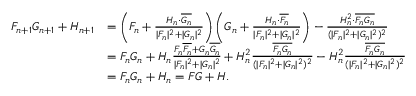
\begin{array} { r l } { F _ { n + 1 } G _ { n + 1 } + H _ { n + 1 } } & { = \left( F _ { n } + \frac { H _ { n } \cdot \overline { { G _ { n } } } } { | F _ { n } | ^ { 2 } + | G _ { n } | ^ { 2 } } \right) \left( G _ { n } + \frac { H _ { n } \cdot \overline { { F _ { n } } } } { | F _ { n } | ^ { 2 } + | G _ { n } | ^ { 2 } } \right) - \frac { H _ { n } ^ { 2 } \cdot \overline { { F _ { n } G _ { n } } } } { ( | F _ { n } | ^ { 2 } + | G _ { n } | ^ { 2 } ) ^ { 2 } } } \\ & { = F _ { n } G _ { n } + H _ { n } \frac { F _ { n } \overline { { F _ { n } } } + G _ { n } \overline { { G _ { n } } } } { | F _ { n } | ^ { 2 } + | G _ { n } | ^ { 2 } } + H _ { n } ^ { 2 } \frac { \overline { { F _ { n } G _ { n } } } } { ( | F _ { n } | ^ { 2 } + | G _ { n } | ^ { 2 } ) ^ { 2 } } - H _ { n } ^ { 2 } \frac { \overline { { F _ { n } G _ { n } } } } { ( | F _ { n } | ^ { 2 } + | G _ { n } | ^ { 2 } ) ^ { 2 } } } \\ & { = F _ { n } G _ { n } + H _ { n } = F G + H . } \end{array}